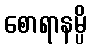
စောရာနမ္ပိ